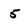
Character: 5